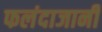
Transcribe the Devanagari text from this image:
फलंदाजानी